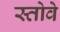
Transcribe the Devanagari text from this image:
स्तोवे